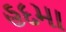
હદમા